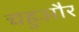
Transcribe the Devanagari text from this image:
चहुऔर